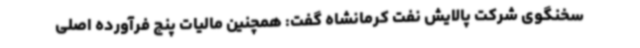
سخنگوی شرکت پالایش نفت کرمانشاه گفت: همچنین مالیات پنج فرآورده اصلی